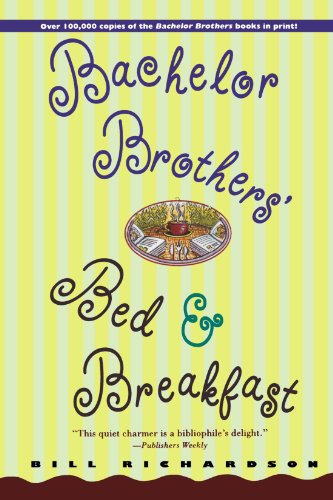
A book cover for Bachelor Brothers' Bed & Breakfast; Bill Richardson; Travel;